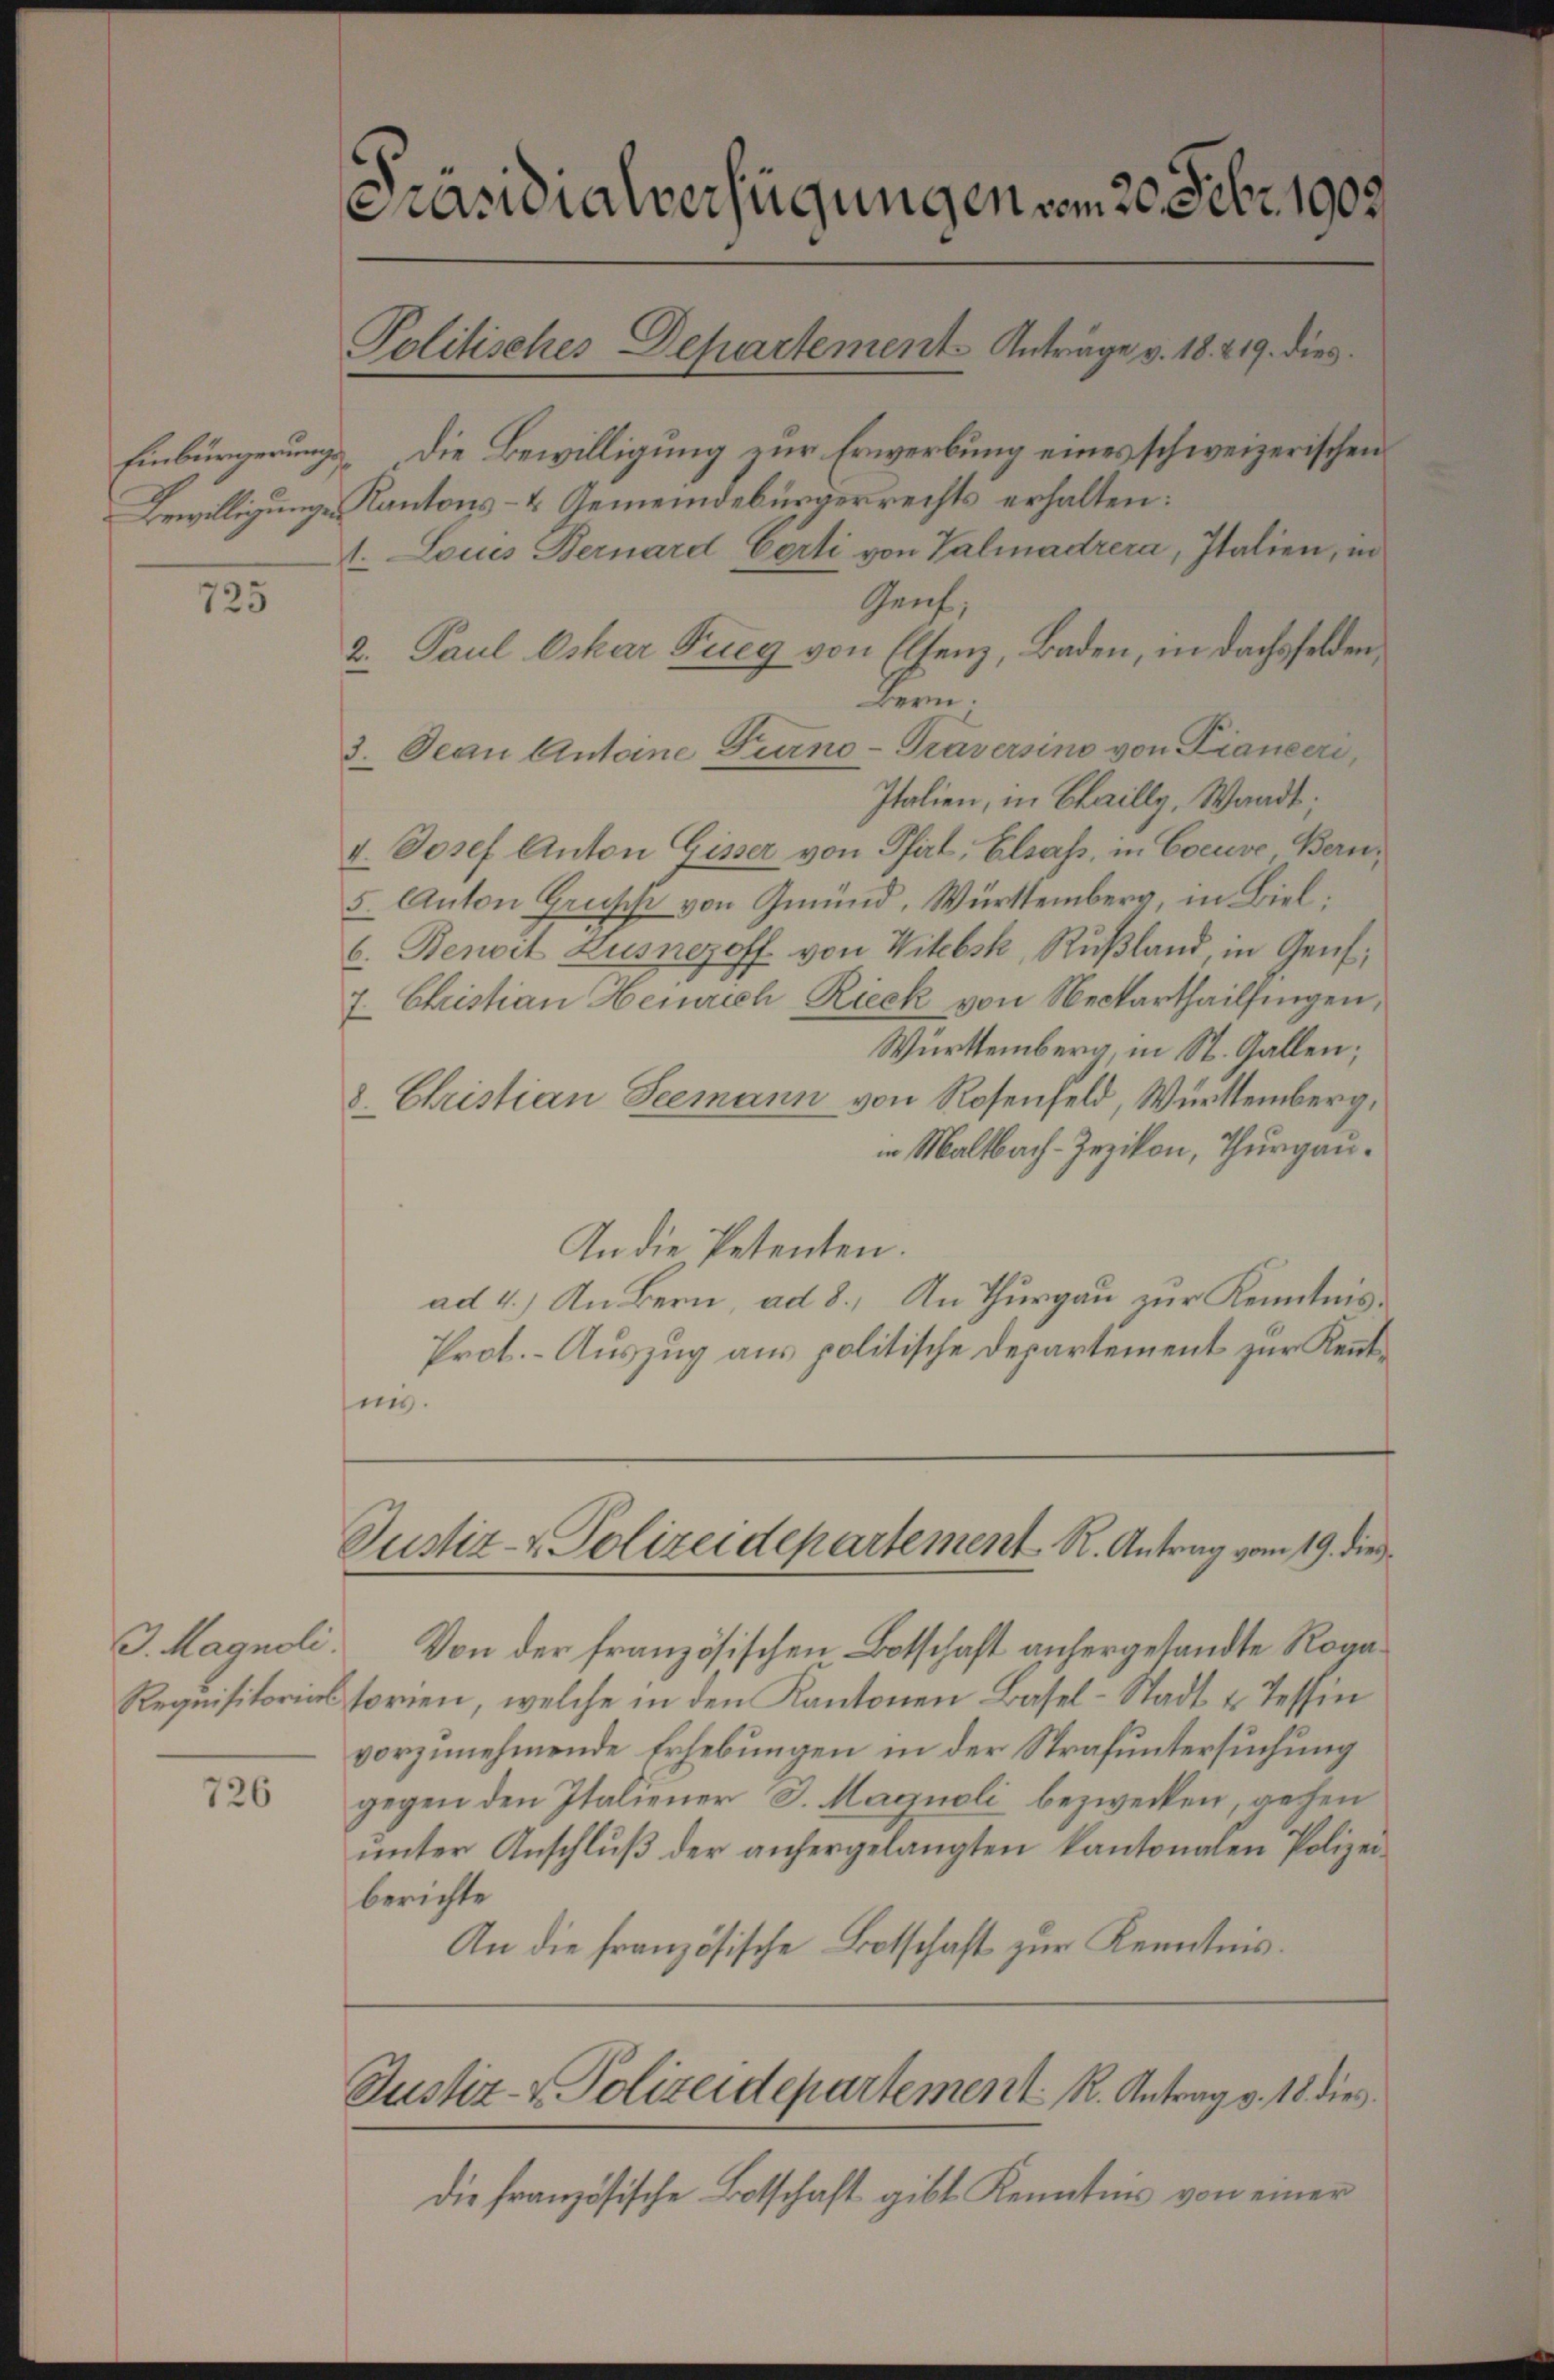
725

J. Magnoli
Requisitorias

726

Präsidialverfügungen vom 20. Febr. 1903.
Politisches Departement Anträge v. 18. 219. dies
Einbürgerung die Bewilligung zur Erwerbung eines schweizerischen

1. Louis Bernard Corti von Valmadrera, Italien, in
Genf,
2. Paul Oskar Pueg von Eltenz, Baden, in dachsfelden,
Bern.
3. Jean Antoine Turno-Traversins von Liancer,
Italien, in Chailly, Waadt.
v. Josef Anton Gisser von Pfirt, Elsass, in Cocuve, Bern,
5. Anton Gruss von Gmund, Württemberg, in Biel:
6. Benoit Zusnezoff von Witebsk, Rußland, in Genf,
7. Christian Heinrich Rieck von Neckarthailfingen,
Württemberg, in St. Gallen;
8. Christian Seemann von Rosenfeld, Württemberg,
in Maltbach-Zezikon, Thurgau.
In die Petenten.
ad 4.) An Bern, ad 8. An Thurgau zur Kenntnis¬
Prot. - Auszug aus politische Departement zur Kenntnis.

Bewilligungen Kantons- & Gemeindebürgerrechts erhalten:

Justiz- & Polizeidepartement R. Antrag vom 19. dies

Justiz- & Polizeidepartement K. Antrag v. 18 dies

die französische Botschaft gibt Kenntnis von einer

Von der französischen Botschaft anhergesandte Rogatorien, welche in den Kantonen Basel-Stadt u. Tessin
vorzunehmende Erhebungen in der Strafuntersuchung
gegen den Italiener J. Magnoli bezwecken, gehen
ŭnter Anschlŭβ der anhergelangten kantonalen Polizei-
berichte
An die französische Botschaft zur Kenntnis.